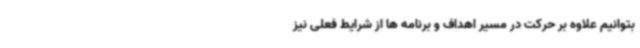
بتوانیم علاوه بر حرکت در مسیر اهداف و برنامه ها از شرایط فعلی نیز